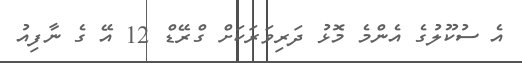
އެ ސުކޫލުގެ އެންމެ މޮޅު ދަރިވަރަކަށް ގްރޭޑް 12 އޭ ގެ ނާފިއު